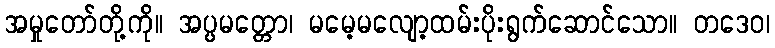
အမှုတော်တို့ကို။ အပ္ပမတ္တော၊ မမေ့မလျော့ထမ်းပိုးရွက်ဆောင်သော။ တဒေဝ၊